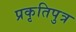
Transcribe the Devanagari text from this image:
प्रकृतिपुत्र